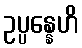
ဥပ္ပန္နေဟိ